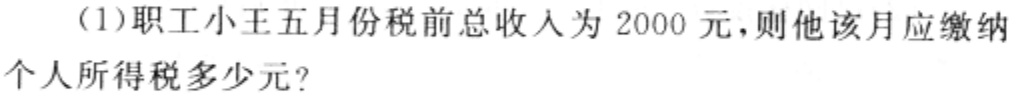
(1)职工小王五月份税前总收入为2000元,则他该月应缴纳
个人所得税多少元?